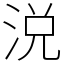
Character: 涚